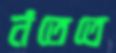
নঁতেতে